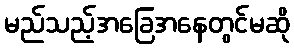
မည်သည့်အခြေအနေတွင်မဆို